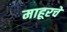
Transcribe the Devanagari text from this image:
माहूरचे